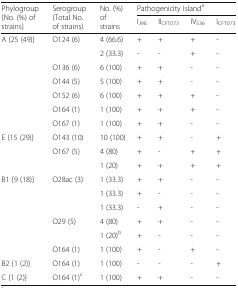
| <ROWSPAN=2> Phylogroup {No. (%) of strains} | <ROWSPAN=2> Serogroup (Total No. of strains) | <ROWSPAN=2> No. (%) of strains | <COLSPAN=4> Pathogenicity Islanda |
 | IJ96 | IICFT073 | IV536 | ICFT073 |
 | --- | --- | --- | --- | --- | --- | --- |
 | <ROWSPAN=7> A {25 (49)} | <ROWSPAN=2> O124 (6) | 4 (66.6) | + | + | + | - |
 | 2 (33.3) | - | - | + | - |
 | O136 (6) | 6 (100) | + | + | - | - |
 | O144 (5) | 5 (100) | + | + | - | - |
 | O152 (6) | 6 (100) | + | + | + | - |
 | O164 (1) | 1 (100) | + | + | + | - |
 | O167 (1) | 1 (100) | + | + | - | - |
 | <ROWSPAN=3> E {15 (29)} | O143 (10) | 10 (100) | + | + | - | + |
 | <ROWSPAN=2> O167 (5) | 4 (80) | + | - | + | + |
 | 1 (20) | + | + | + | + |
 | <ROWSPAN=6> B1 {9 (18)} | <ROWSPAN=3> O28ac (3) | 1 (33.3) | + | + | - | - |
 | 1 (33.3) | + | - | - | - |
 | 1 (33.3) | - | + | - | - |
 | <ROWSPAN=2> O29 (5) | 4 (80) | + | + | - | - |
 | 1 (20)b | + | - | - | - |
 | O164 (1) | 1 (100) | + | - | + | - |
 | B2 {1 (2)} | O164 (1) | 1 (100) | - | - | - | + |
 | C {1 (2)} | O164 (1)c | 1 (100) | + | + | - | - |